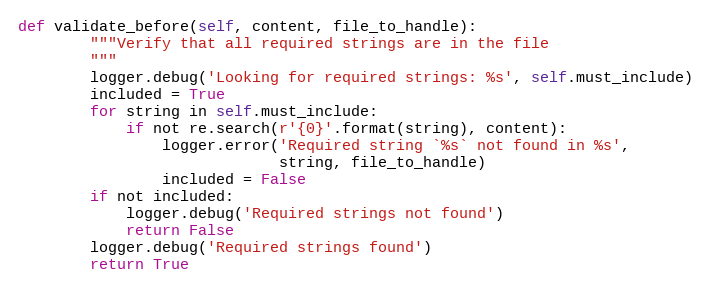
Language: Python
def validate_before(self, content, file_to_handle):
        """Verify that all required strings are in the file
        """
        logger.debug('Looking for required strings: %s', self.must_include)
        included = True
        for string in self.must_include:
            if not re.search(r'{0}'.format(string), content):
                logger.error('Required string `%s` not found in %s',
                             string, file_to_handle)
                included = False
        if not included:
            logger.debug('Required strings not found')
            return False
        logger.debug('Required strings found')
        return True